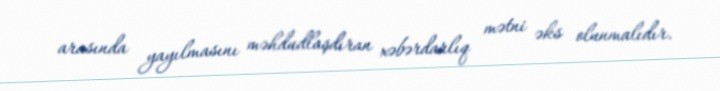
arasında yayılmasını məhdudlaşdıran xəbərdarlıq mətni əks olunmalıdır.